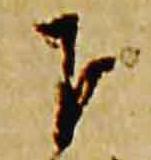
下